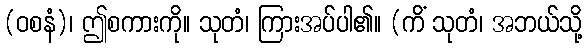
(ဝစနံ)၊ ဤစကားကို။ သုတံ၊ ကြားအပ်ပါ၏။ (ကိံ သုတံ၊ အဘယ်သို့